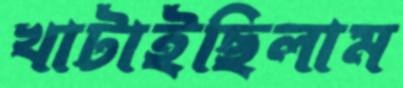
খাটাইছিলাম